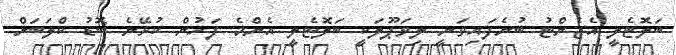
ބަލޮޓެލީ އެޖެންޓު ބުނެފައިވަނީ ލިވަޕޫލަކީ ބަލޮޓެލީ އެންމެ ފަހުން ކުޅޭނެ ބޮޑު ކްލަބަށް